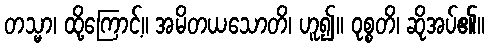
တသ္မာ၊ ထို့ကြောင့်။ အမိတယသောတိ၊ ဟူ၍။ ဝုစ္စတိ၊ ဆိုအပ်၏။